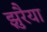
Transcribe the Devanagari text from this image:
झुरैया